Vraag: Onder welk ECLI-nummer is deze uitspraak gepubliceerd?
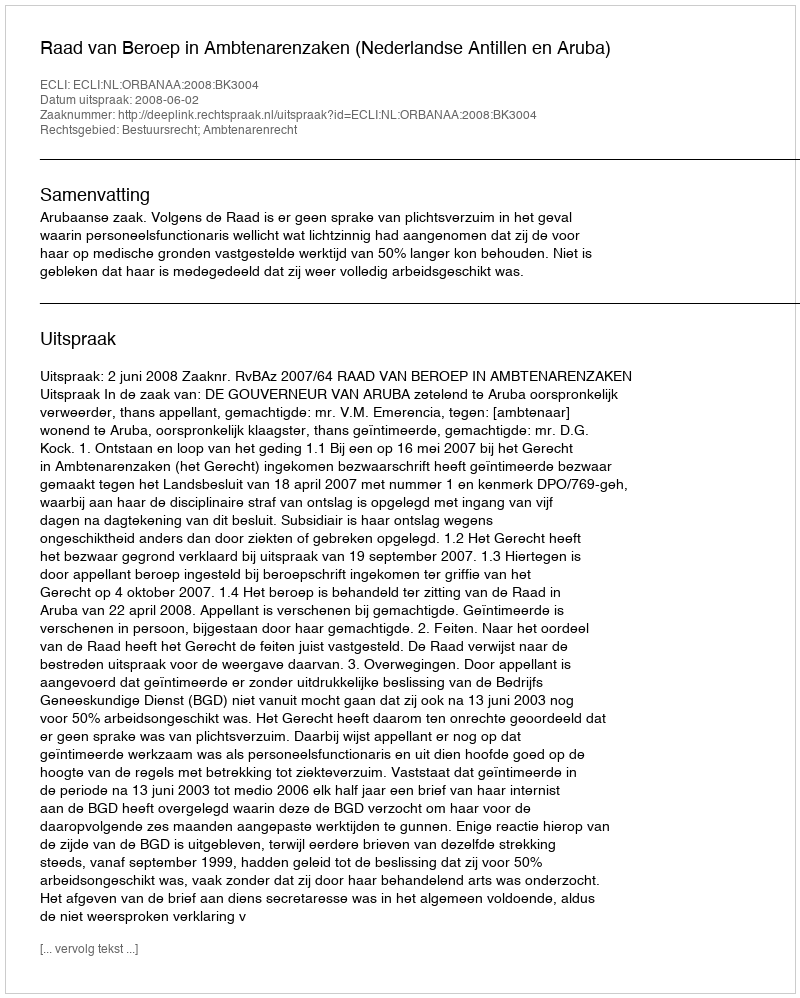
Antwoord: ECLI:NL:ORBANAA:2008:BK3004